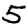
Digit: 5